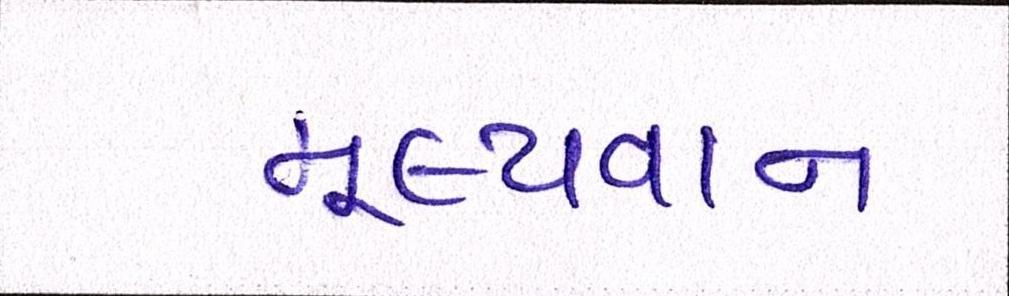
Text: મૂલ્યવાન